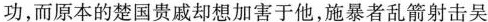
功，而原本的楚国贵戚却想加害与他，施暴者乱箭射击吴